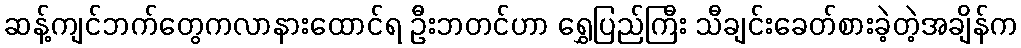
ဆန့်ကျင်ဘက်တွေကလာနားထောင်ရ ဦးဘတင်ဟာ ရွှေပြည်ကြီး သီချင်းခေတ်စားခဲ့တဲ့အချိန်က